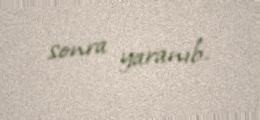
sonra yaranıb.